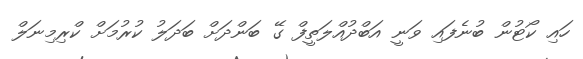
ހައި ކޯޓުން ބުނެފައި ވަނީ އަބްދުއްލަތީފް ގޭ ބަންދަށް ބަދަލު ކުރުމަށް ކްރިމިނަލް